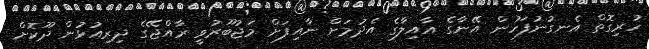
ހުރިގޮތް އެނގުނުފަހުން އޭނާގެ އާއިލާގެ އެދުމަށް ނާއިފަށް މަޖުބޫރުވީ ރާއްޖޭގެ ދިރިއުޅުން ދޫކޮށް